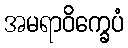
အမရာဝိက္ခေပံ